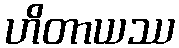
ဟိတာယဿ